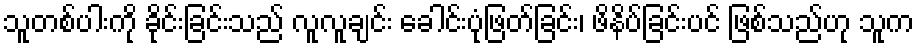
သူတစ်ပါးကို ခိုင်းခြင်းသည် လူလူချင်း ခေါင်းပုံဖြတ်ခြင်း၊ ဖိနိပ်ခြင်းပင် ဖြစ်သည်ဟု သူက